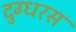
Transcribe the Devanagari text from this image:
दुग्धरस